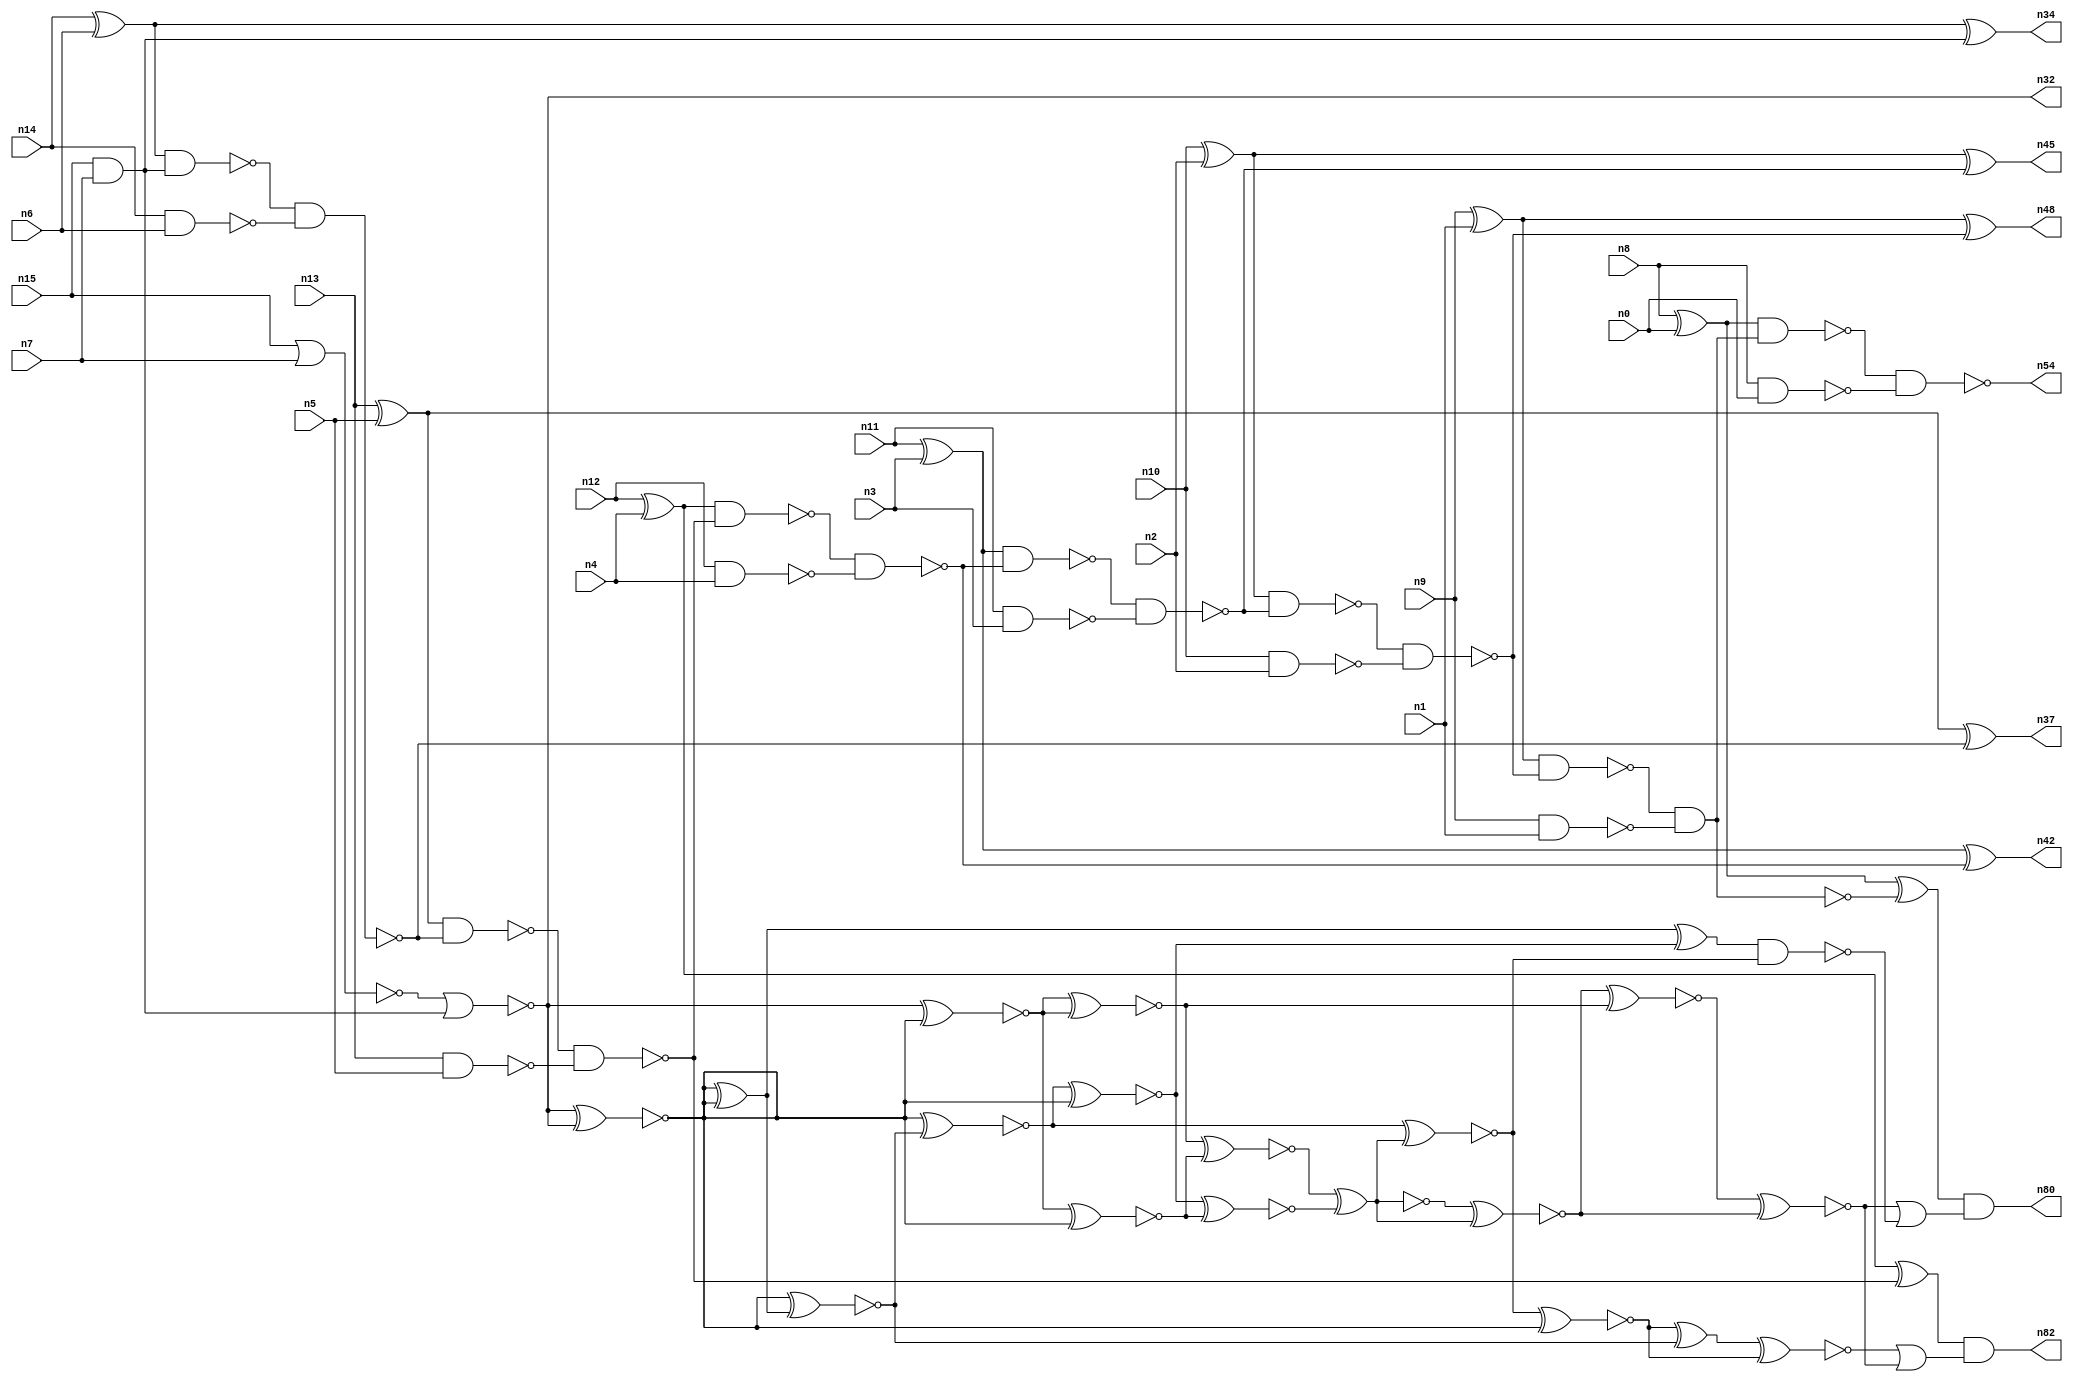
// This program was cloned from: https://github.com/umar-afzaal/ReCkt
// License: MIT License

// This file contains a pareto-optimal circuit with respect to power and the fault-resilince parameter p_fault which is defined as:
// "For all input vectors, the ratio of the no. of faults observable at the POs to the no. of total possible faults in the circuit".
// This code is part of the ReCkt library (https://github.com/umar-afzaal/ReCkt) distributed under The MIT License.
// When used, please cite the following article(s):
// U. Afzaal, A.S. Hassan, M. Usman and J.A. Lee, "On the Evolutionary Synthesis of Increased Fault-resilience Arithmetic Circuits".

// p_fault = 58.6 %    (Lower is better)
// gates = 67.0
// levels = 15
// area = 99.52    (For MCNC library relative to nand2)
// power = 470.1 uW    (Berkely-SIS for MCNC library @ Vdd=5V and 20 MHz clock)
// delay = 30.1 ns    (Berkely-ABC for MCNC library)
// PDP = 1.415e-11 J

// Pin mapping:
// {n0, n1, n2, n3, n4, n5, n6, n7} = A[7:0]
// {n8, n9, n10, n11, n12, n13, n14, n15} = B[7:0]
// {n54, n80, n48, n45, n42, n82, n37, n34, n32} = O[8:0]

module addr8s_power_34 (
n0, n1, n2, n3, n4, n5, n6, n7, n8, n9, n10, n11, n12, n13, n14, n15, 
n54, n80, n48, n45, n42, n82, n37, n34, n32
);

input n0, n1, n2, n3, n4, n5, n6, n7, n8, n9, n10, n11, n12, n13, n14, n15;
output n54, n80, n48, n45, n42, n82, n37, n34, n32;
wire n22, n28, n72, n49, n30, n24, n66, n20, n64, n18, n74, n51, n70, n39, n58, n76, n29, n78, n17, n38, 
n65, n61, n47, n23, n36, n33, n73, n68, n21, n71, n16, n27, n52, n56, n53, n67, n55, n79, n63, n31, 
n25, n75, n41, n26, n35, n19, n43, n62, n50, n69, n46, n59, n40, n81, n57, n60, n77, n44;

nand (n16, n10, n2);
nand (n17, n11, n3);
nor (n18, n15, n7);
nand (n19, n13, n5);
xor (n20, n13, n5);
xor (n21, n10, n2);
xor (n22, n14, n6);
nand (n23, n8, n0);
and (n24, n15, n7);
xor (n25, n8, n0);
xor (n26, n11, n3);
nand (n27, n14, n6);
nand (n28, n9, n1);
xor (n29, n9, n1);
xor (n30, n12, n4);
nand (n31, n12, n4);
nor (n32, n18, n24);
nand (n33, n22, n24);
xor (n34, n22, n24);
nand (n35, n33, n27);
nand (n36, n20, n35);
xor (n37, n20, n35);
nand (n38, n36, n19);
xor (n39, n30, n38);
nand (n40, n30, n38);
nand (n41, n40, n31);
xor (n42, n26, n41);
nand (n43, n26, n41);
nand (n44, n43, n17);
xor (n45, n21, n44);
nand (n46, n21, n44);
nand (n47, n46, n16);
xor (n48, n29, n47);
nand (n49, n29, n47);
and (n50, n49, n28);
nand (n51, n49, n28);
nand (n52, n25, n50);
xor (n53, n25, n51);
nand (n54, n52, n23);
xnor (n55, n32, n32);
xnor (n56, n32, n32);
xnor (n57, n32, n32);
xnor (n58, n32, n32);
xor (n59, n55, n55);
xnor (n60, n32, n55);
xnor (n61, n60, n60);
xnor (n62, n60, n58);
xnor (n63, n58, n59);
xnor (n64, n56, n63);
xnor (n65, n61, n62);
xnor (n66, n64, n56);
xnor (n67, n66, n62);
xor (n68, n65, n67);
xnor (n69, n64, n68);
xnor (n70, n69, n57);
xnor (n71, n67, n65);
xnor (n72, n71, n68);
xnor (n73, n72, n61);
xor (n74, n59, n66);
xor (n75, n70, n63);
nand (n76, n74, n69);
xnor (n77, n73, n72);
or (n78, n77, n76);
xnor (n79, n75, n70);
and (n80, n53, n78);
or (n81, n79, n77);
and (n82, n39, n81);

endmodule